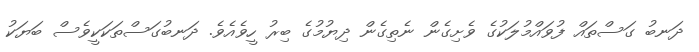
ދަނބު ގަސްތައް ފުވައްމުލަކުގެ ވެށިގެން ނެތިގެން ދިޔުމުގެ ބިރު ހީވެއެވެ. ދަނބުގަސްތަކަކީވެސް ބަޔަކު